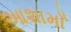
આશામાઁ